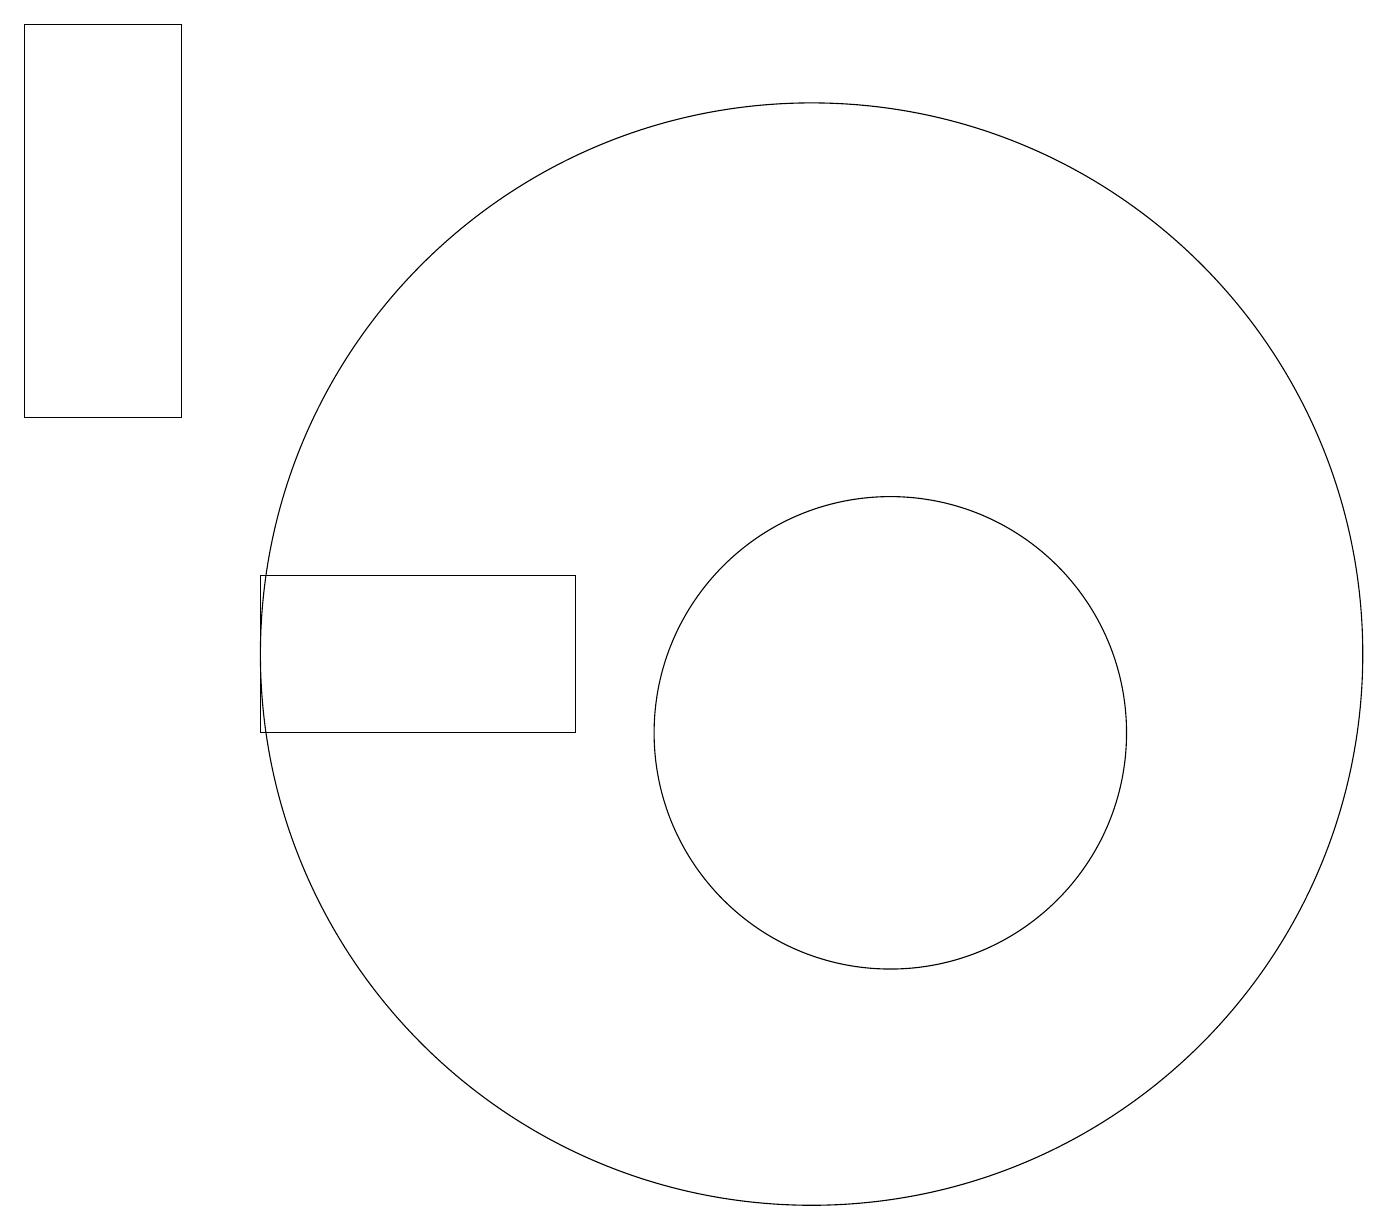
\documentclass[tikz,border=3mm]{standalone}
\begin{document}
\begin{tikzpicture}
\draw (8,10) rectangle (4,12);
\draw (3,14) rectangle (1,19);
\draw (11,11) circle (7);
\draw (12,10) circle (3);
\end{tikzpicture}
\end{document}